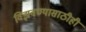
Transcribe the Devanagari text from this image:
विझवण्यासाठीही